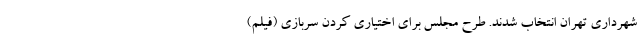
شهرداري تهران انتخاب شدند. طرح مجلس برای اختیاری کردن سربازی (فیلم)